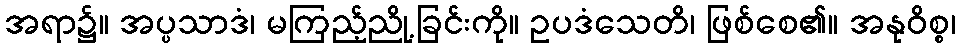
အရာ၌။ အပ္ပသာဒံ၊ မကြည့်ညို့ခြင်းကို။ ဥပဒံသေတိ၊ ဖြစ်စေ၏။ အနုဝိစ္စ၊